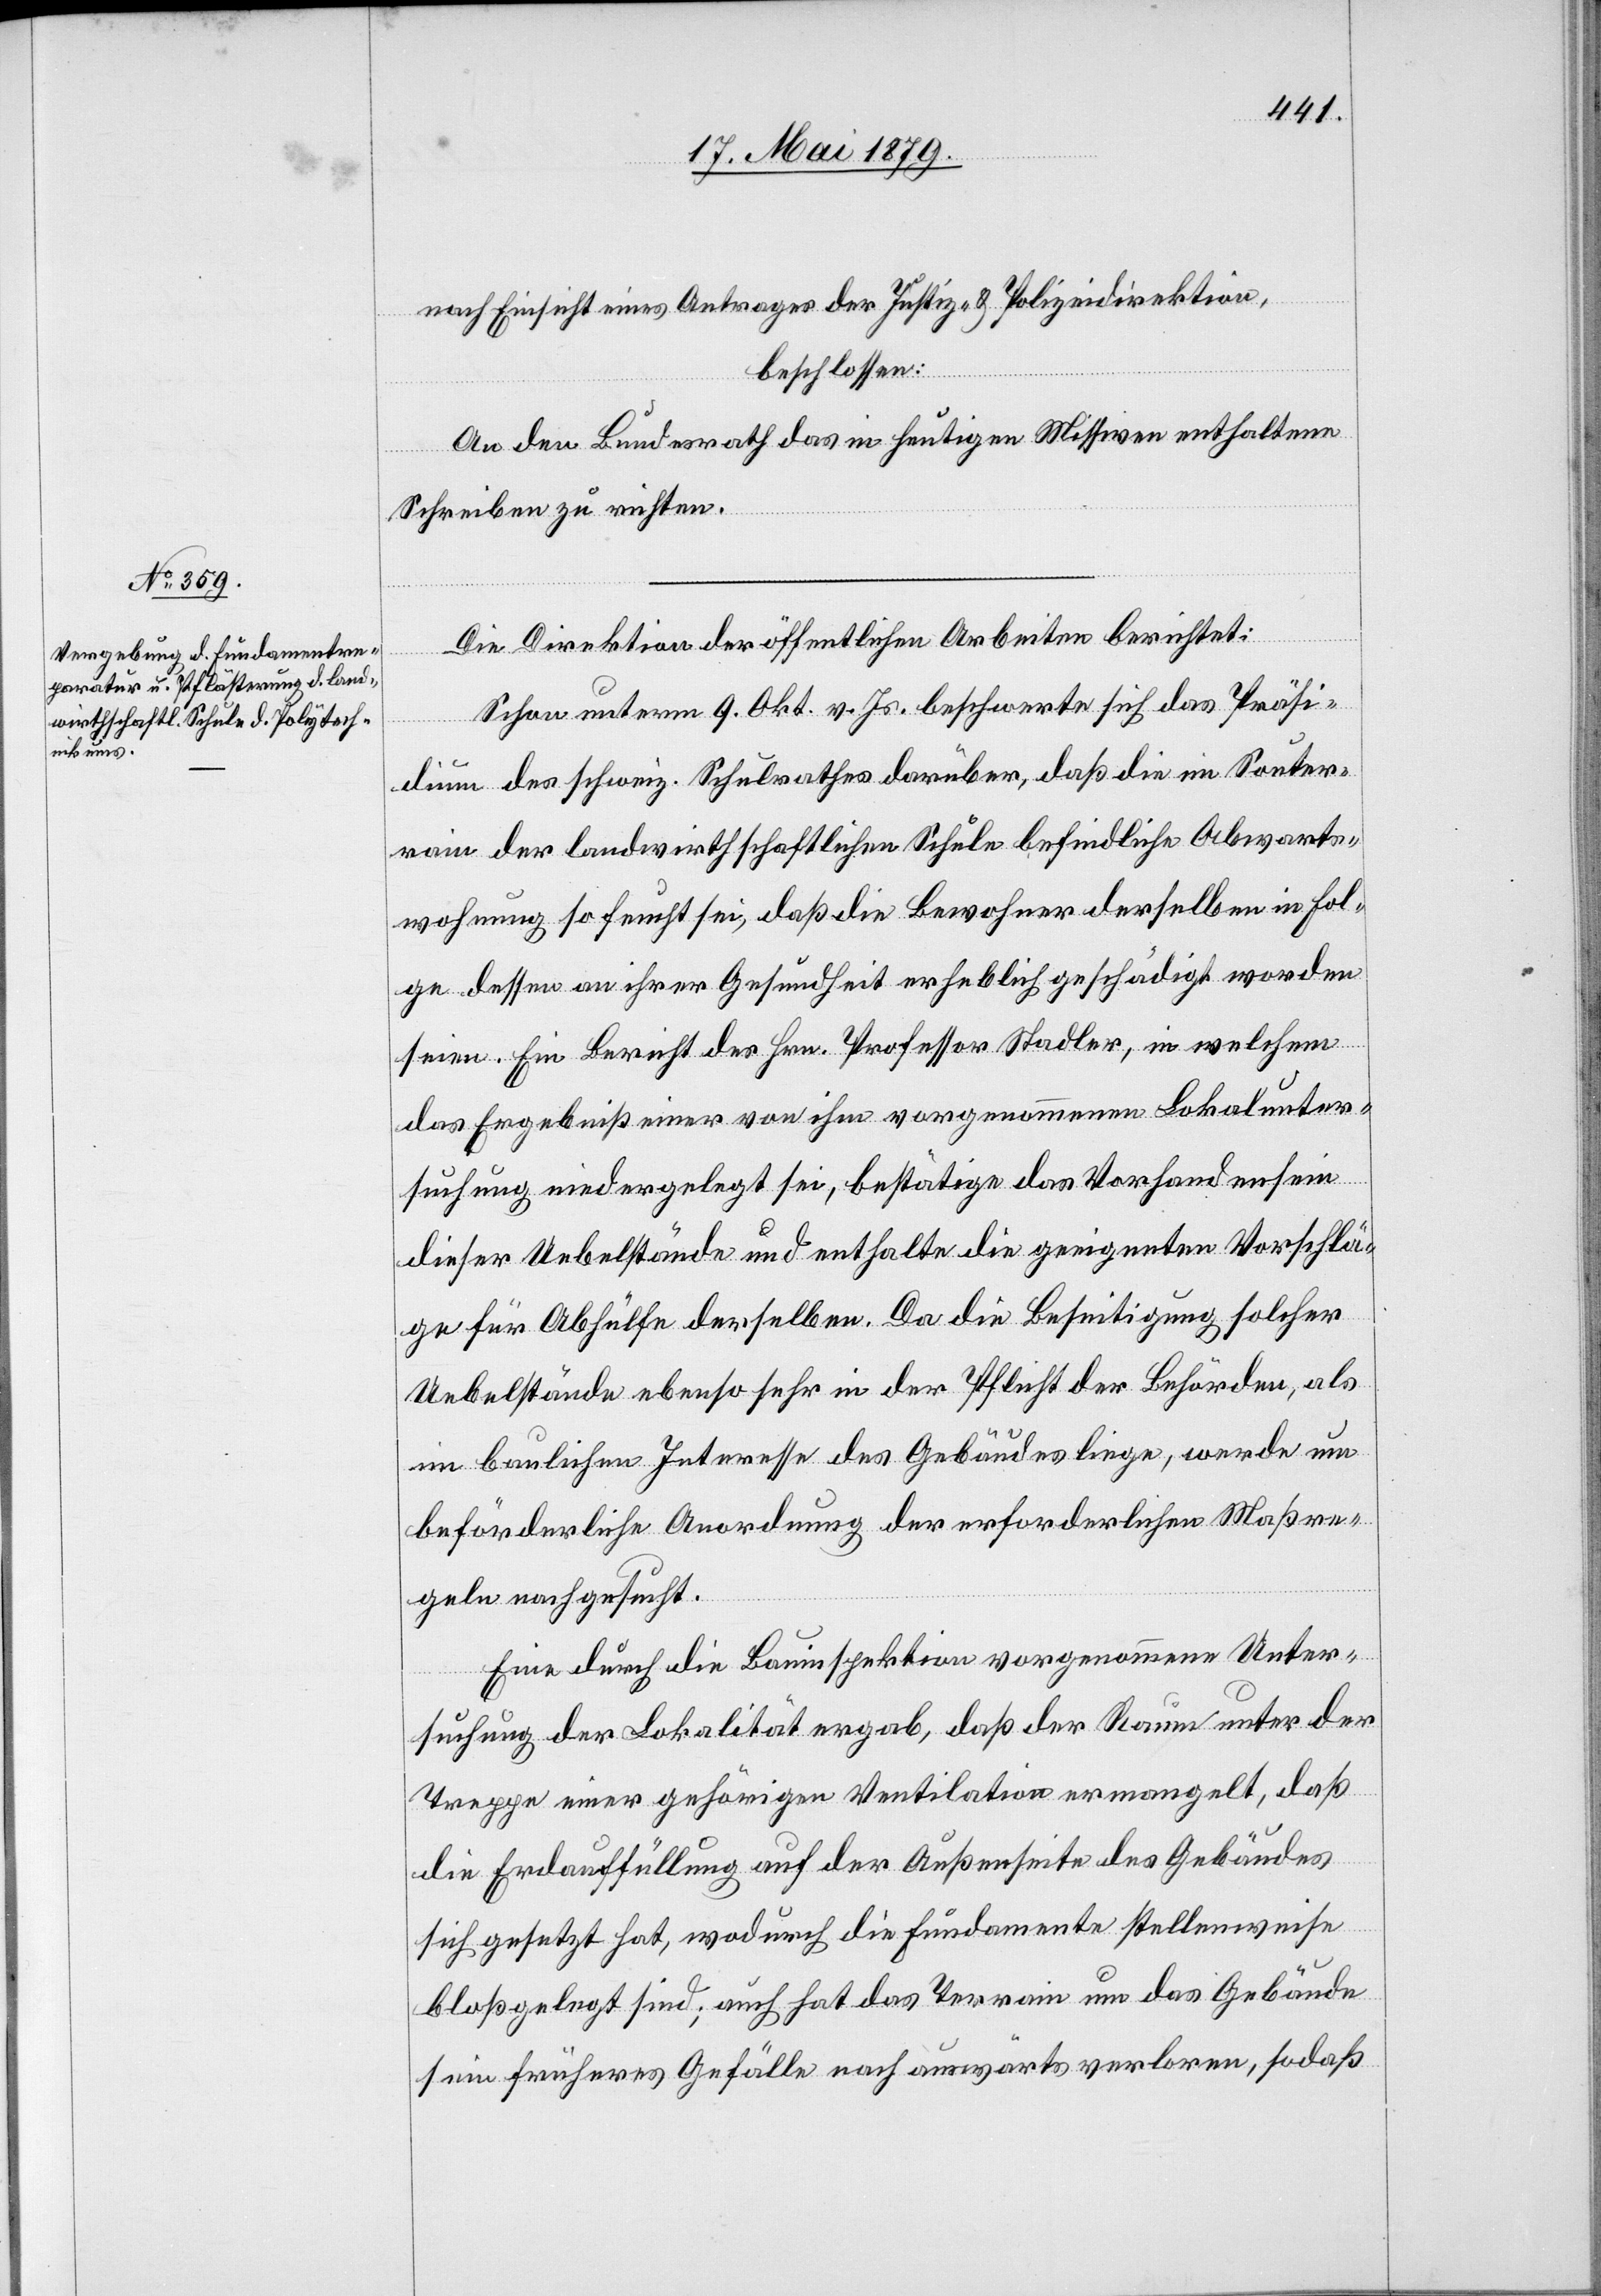
nach Einsicht eines Antrages der Justiz- & Polizeidirektion,
beschlossen:
An den Bundesrath das in heutigen Missiven enthaltene
Schreiben zu richten.
Die Direktion der öffentlichen Arbeiten berichtet:
Schon unterm 9. Okt. v. Js. beschwerte sich das Präsi¬
dium des schweiz. Schulrathes darüber, daß die im Souter¬
rain der landwirthschaftlichen Schule befindliche Abwarts¬
wohnung so feucht sei, daß die Bewohner derselben in Fol¬
ge dessen an ihrer Gesundheit erheblich geschädigt worden
seien. Ein Bericht des Hrn. Professor Stadler, in welchem
des Ergebniß einer von ihm vorgenommenen Lokalunter¬
suchung niedergelegt sei, bestätige das Vorhandensein
dieser Uebelstände und enthalte die geeigneten Vorschlä¬
ge für Abhülfe derselben. Da die Beseitigung solcher
Uebelstände ebenso sehr in der Pflicht der Behörden, als
im baulichen Interesse des Gebäudes liege, werde um
beförderliche Anordnung der erforderlichen Maßre¬
geln nachgesucht.
Eine durch die Bauinspektion vorgenommene Unter¬
suchung der Lokalität ergab, daß der Raum unter der
Treppe einer gehörigen Ventilation ermangelt, daß
die Erdauffüllung auf der Außenseite des Gebäudes
sich gesetzt hat, wodurch die Fundamente stellenweise
bloßgelegt sind; auch hat das Terrain um das Gebäude
sein früheres Gefälle nach auswärts verloren, sodaß